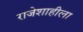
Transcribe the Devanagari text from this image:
राजेशाहीला